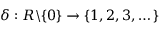
\delta : R \mathbb { \backslash } \{ 0 \} \rightarrow \{ 1 , 2 , 3 , \dotsc \}